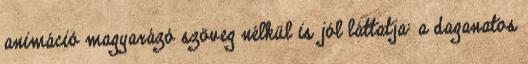
animáció magyarázó szöveg nélkül is jól láttatja: a daganatos